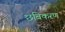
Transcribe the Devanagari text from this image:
छबिकरण